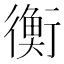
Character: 衡